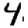
Digit: 4